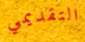
التقديمي